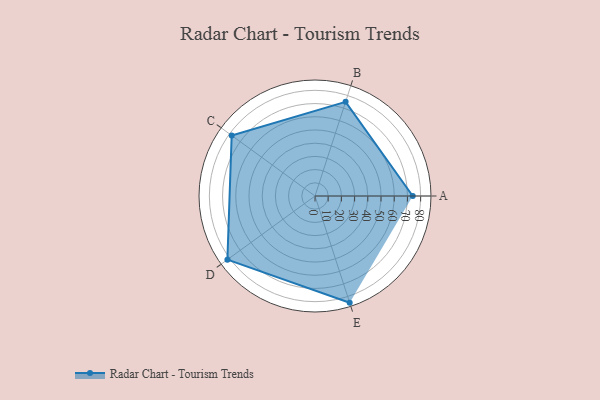
{"axis": {"x": "Skill", "y": "Score"}, "legend": ["Profile"], "data": [{"x": "A", "y": 74.0, "type": "Profile"}, {"x": "B", "y": 75.0, "type": "Profile"}, {"x": "C", "y": 78.0, "type": "Profile"}, {"x": "D", "y": 82.0, "type": "Profile"}, {"x": "E", "y": 85.0, "type": "Profile"}]}